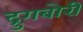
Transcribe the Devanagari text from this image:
द्रुगबोरी